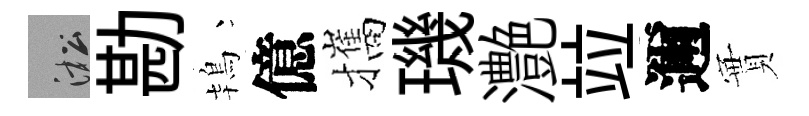
淞勘鴇億攜璣灔竝邇實